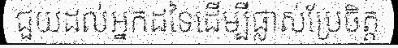
ជួយដល់អ្នកដទៃដើម្បីផ្លាស់ប្រែចិត្ត